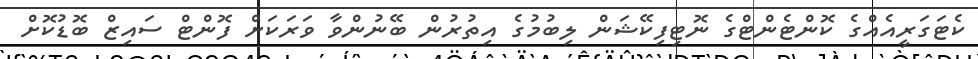
ކެޓަގަރީއެއްގެ ކޮންޓެންޓްގެ ނޮޓިފިކޭޝަން ލިބުމުގެ އިތުރުން ބޭނުންވާ ވަރަކަށް ފޮންޓް ސައިޒް ބޮޑުކޮށް